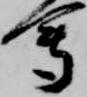
会